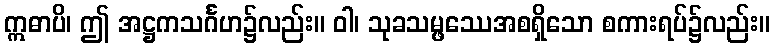
ဣဓာပိ၊ ဤ အဋ္ဌကသင်္ဂဟ၌လည်း။ ဝါ၊ သုခသမ္ဖဿေအစရှိသော စကားရပ်၌လည်း။